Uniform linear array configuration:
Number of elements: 12
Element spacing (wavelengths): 1
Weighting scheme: cosine
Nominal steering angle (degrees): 30
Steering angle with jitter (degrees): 28.109
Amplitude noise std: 0.05
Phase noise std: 0.05

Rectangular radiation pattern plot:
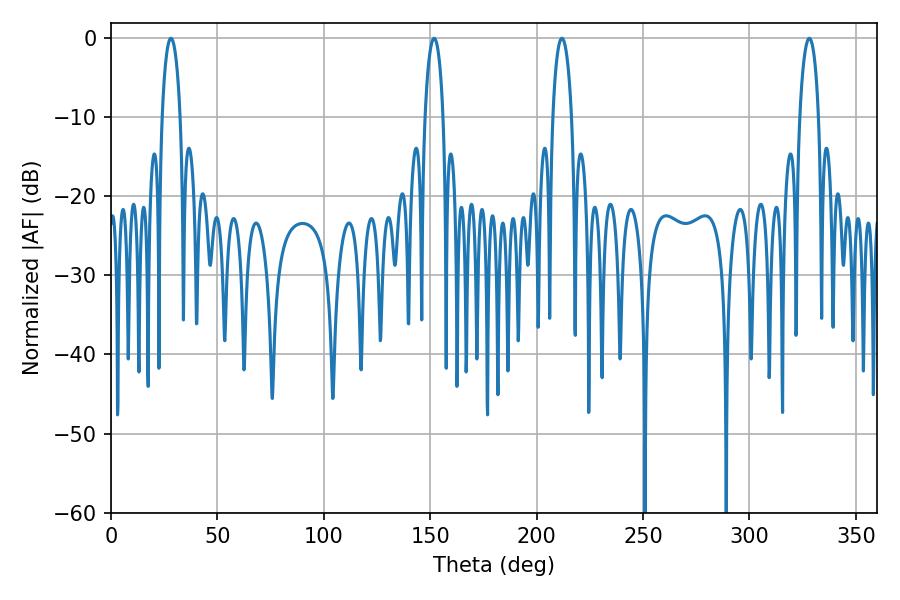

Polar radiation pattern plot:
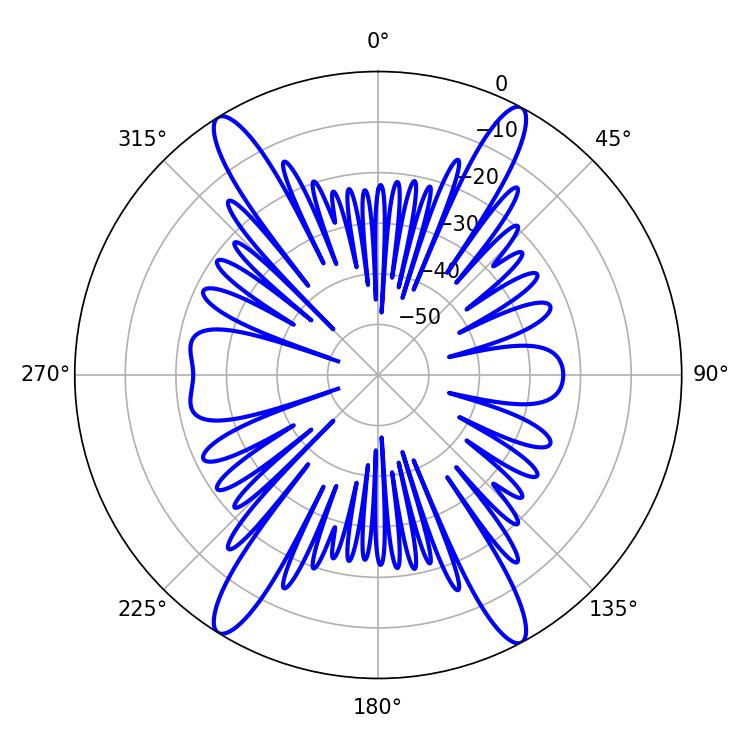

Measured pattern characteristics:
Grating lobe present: TRUE
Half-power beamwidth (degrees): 5.04
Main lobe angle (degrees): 211.86